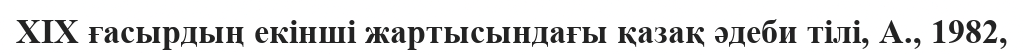
ХІХ ғасырдың екінші жартысындағы қазақ әдеби тілі, А., 1982,